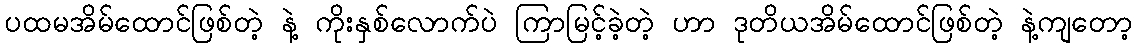
ပထမအိမ်ထောင်ဖြစ်တဲ့ နဲ့ ကိုးနှစ်လောက်ပဲ ကြာမြင့်ခဲ့တဲ့ ဟာ ဒုတိယအိမ်ထောင်ဖြစ်တဲ့ နဲ့ကျတော့